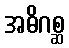
အဓိဂစ္ဆ